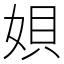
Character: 㛝